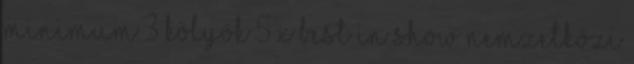
minimum 3 kölyök 5 x Best in Show Nemzetközi